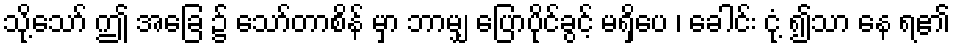
သို့သော် ဤ အခြေ ၌ သော်တာစိန် မှာ ဘာမျှ ပြောပိုင်ခွင့် မရှိပေ ၊ ခေါင်း ငုံ့ ၍သာ နေ ရ၏